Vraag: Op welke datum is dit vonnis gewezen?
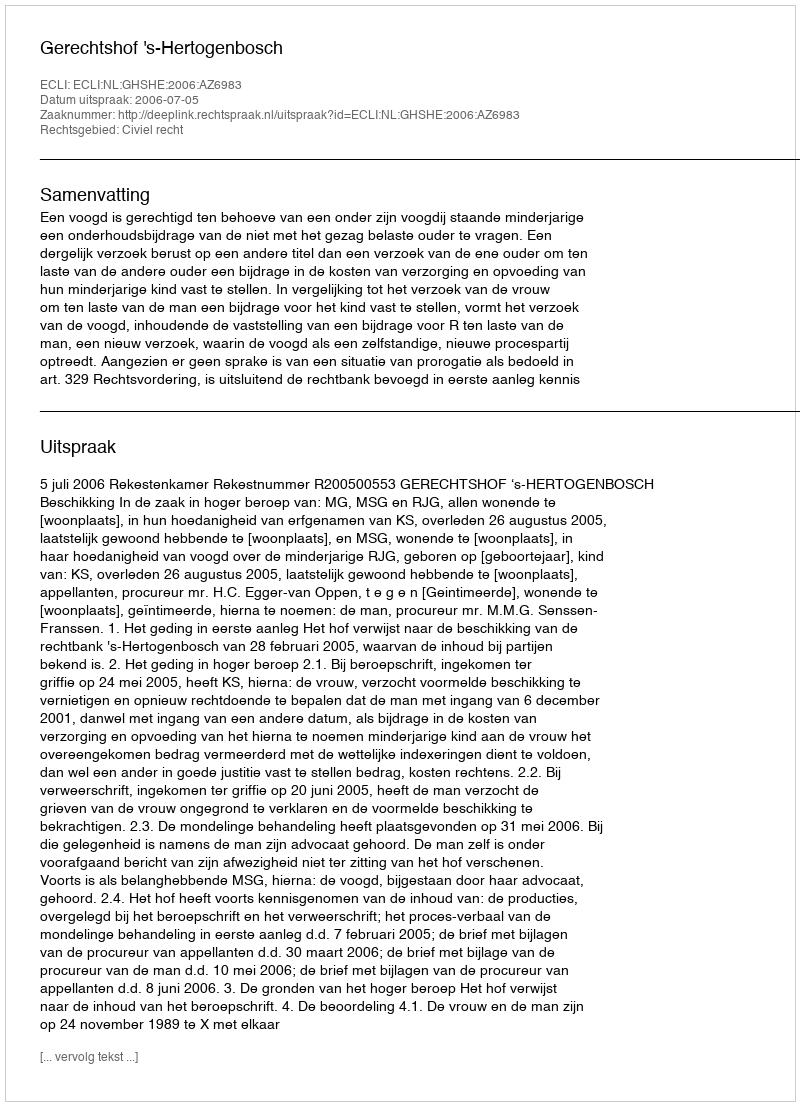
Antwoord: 2006-07-05